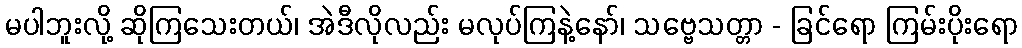
မပါဘူးလို့ ဆိုကြသေးတယ်၊ အဲဒီလိုလည်း မလုပ်ကြနဲ့နော်၊ သဗ္ဗေသတ္တာ - ခြင်ရော ကြမ်းပိုးရော